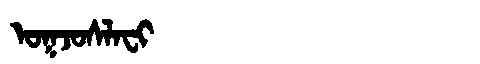
Manchu: ᠣᡴᠵᠣᠰᠯᠠᠸᡳ
Romanization: OKJOSLAFI